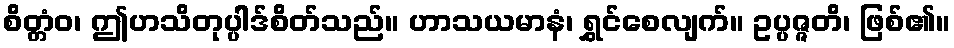
စိတ္တံဝ၊ ဤဟသိတုပ္ပါဒ်စိတ်သည်။ ဟာသယမာနံ၊ ရွှင်စေလျက်။ ဥပ္ပဇ္ဇတိ၊ ဖြစ်၏။